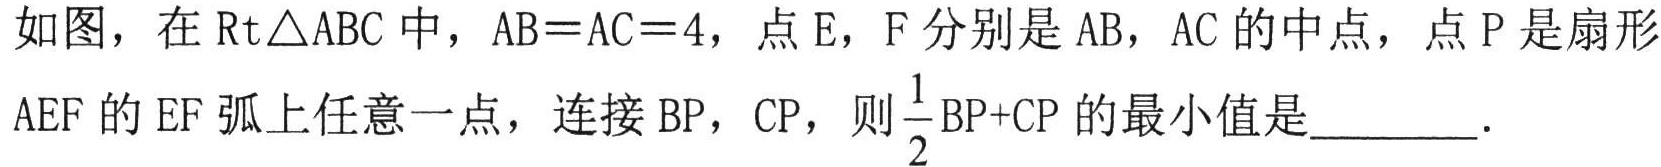
如图，在$\text{Rt}\triangle ABC$中，$AB = AC = 4$，点$E$，$F$分别是$AB$，$AC$的中点，点$P$是扇形$AEF$的$EF$弧上任意一点，连接$BP$，$CP$，则$\dfrac{1}{2}BP + CP$的最小值是________．